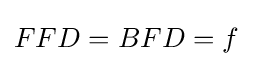
FFD=BFD=f